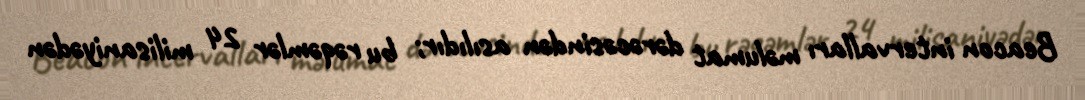
Beacon intervalları məlumat dərəcəsindən asılıdır; bu rəqəmlər 24 milisaniyədən